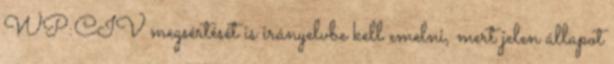
WP:CIV megsértését is irányelvbe kell emelni, mert jelen állapot